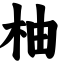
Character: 柚